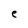
Character: e